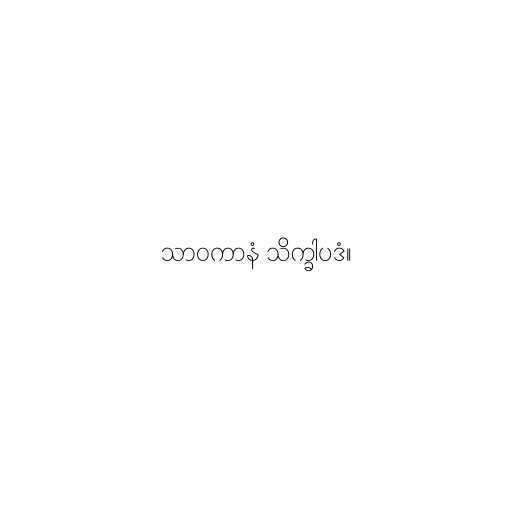
သာဝကာနံ သိက္ခါပဒံ။